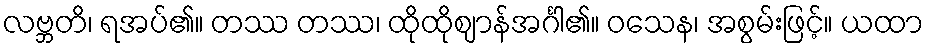
လဗ္ဘတိ၊ ရအပ်၏။ တဿ တဿ၊ ထိုထိုဈာန်အင်္ဂါ၏။ ဝသေန၊ အစွမ်းဖြင့်။ ယထာ